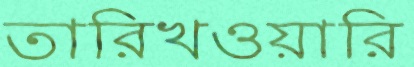
তারিখওয়ারি